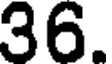
36.